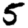
Digit: 5